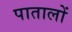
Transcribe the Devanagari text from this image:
पातालों